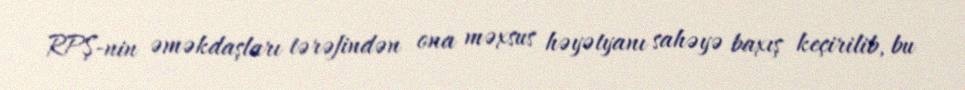
RPŞ-nin əməkdaşları tərəfindən ona məxsus həyətyanı sahəyə baxış keçirilib, bu